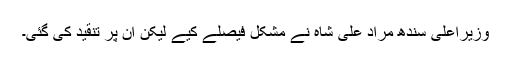
وزیراعلیٰ سندھ مراد علی شاہ نے مشکل فیصلے کیے لیکن ان پر تنقید کی گئی۔